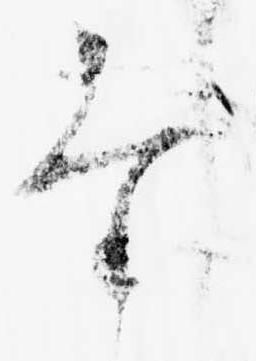
た